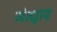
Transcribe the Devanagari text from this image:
जंत्ध्रुाव